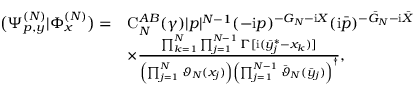
\begin{array} { r l } { \big ( \Psi _ { p , y } ^ { ( N ) } | \Phi _ { x } ^ { ( N ) } \big ) = } & { \mathrm C _ { N } ^ { A B } ( \gamma ) | p | ^ { N - 1 } ( - \mathrm { i } p ) ^ { - G _ { N } - \mathrm { i } X } ( \mathrm { i } \bar { p } ) ^ { - \bar { G } _ { N } - \mathrm { i } \bar { X } } } \\ & { \times \frac { \prod _ { k = 1 } ^ { N } \prod _ { j = 1 } ^ { N - 1 } \boldsymbol \Gamma [ \mathrm { i } ( \bar { y } _ { j } ^ { * } - x _ { k } ) ] } { \left( \prod _ { j = 1 } ^ { N } \vartheta _ { N } ( x _ { j } ) \right) \left( \prod _ { j = 1 } ^ { N - 1 } \bar { \vartheta } _ { N } ( \bar { y } _ { j } ) \right) ^ { \dagger } } , } \end{array}